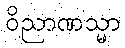
ဝိညာဏသ္မာ